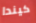
كيندا